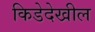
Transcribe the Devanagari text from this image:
किडेदेखील